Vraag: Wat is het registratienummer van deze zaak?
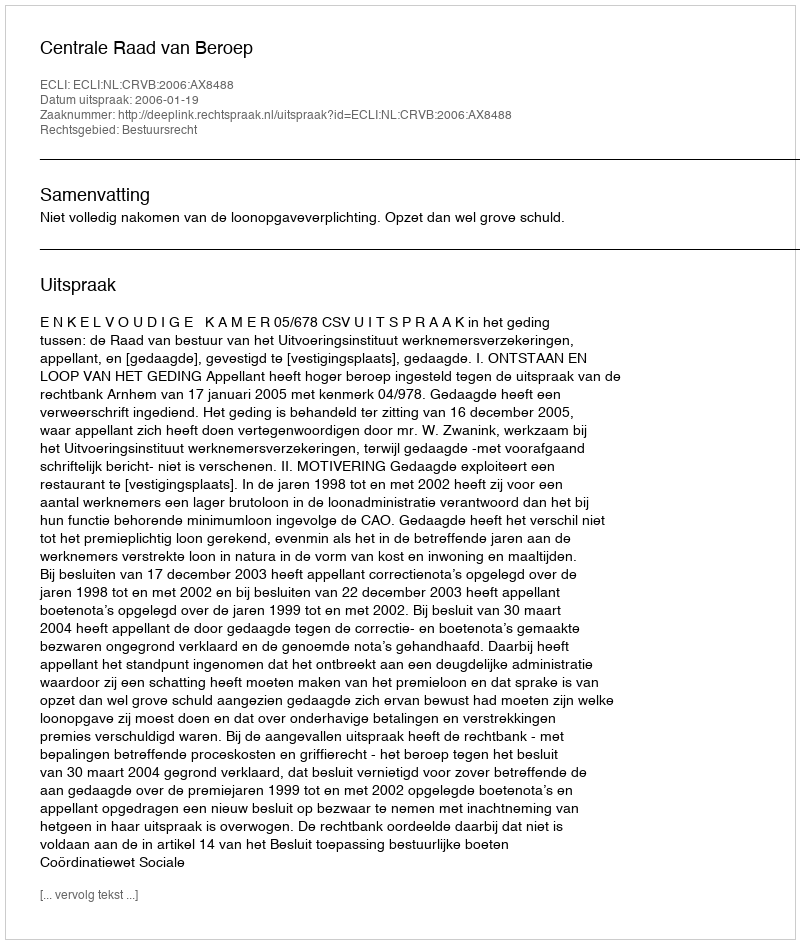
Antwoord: http://deeplink.rechtspraak.nl/uitspraak?id=ECLI:NL:CRVB:2006:AX8488